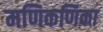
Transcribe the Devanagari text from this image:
मणिकणिका